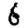
Digit: 6